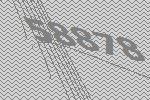
58878